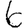
Digit: 6